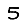
Digit: 5